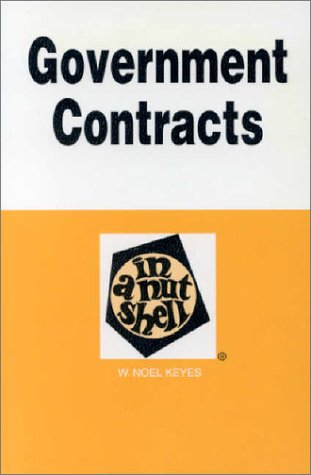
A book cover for Government Contracts in a Nutshell (Nutshell Series); Keyes; Law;